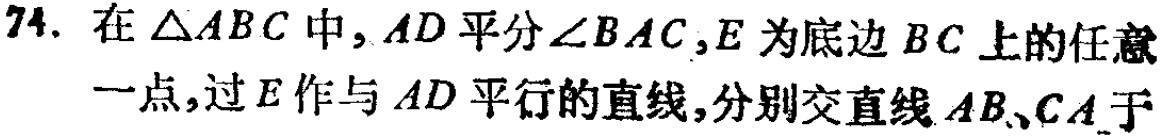
74. 在\(\triangle ABC\)中，\(AD\)平分\(\angle BAC\)，\(E\)为底边\(BC\)上的任意一点，过\(E\)作与\(AD\)平行的直线，分别交直线\(AB\)、\(CA\)于